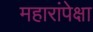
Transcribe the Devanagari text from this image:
महारांपेक्षा